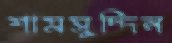
শামসুদ্দিন